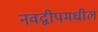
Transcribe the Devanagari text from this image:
नवद्वीपमधील